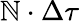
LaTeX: \mathbb{N}\cdot\Delta\tau